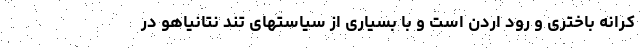
کرانه باختری و رود اردن است و با بسیاری از سیاستهای تند نتانیاهو در